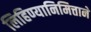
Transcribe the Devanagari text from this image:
लिहिण्यानिमित्ताने